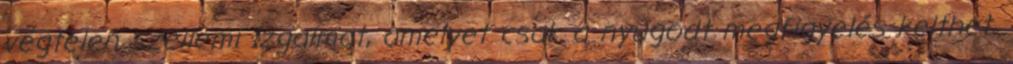
végtelen szellemi izgalmat, amelyet csak a nyugodt megfigyelés kelthet.